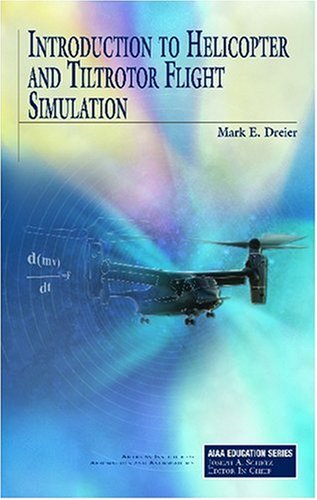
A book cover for Introduction to Helicopter and Tiltrotor Flight Simulation (Aiaa Education Series); Bell Helicopter Textron M. Dreier; Computers & Technology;